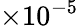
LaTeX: \times 10^{-5}